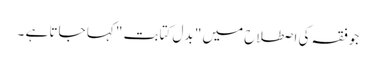
جوفقہ کی اصطلاح میں " بدل کتابت " کہا جاتا ہے ۔